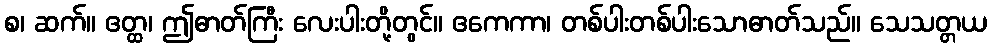
စ၊ ဆက်။ ဧတ္ထ၊ ဤဓာတ်ကြီး လေးပါးတို့တွင်။ ဧကေကာ၊ တစ်ပါးတစ်ပါးသောဓာတ်သည်။ သေသတ္တယ